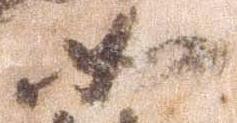
如